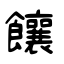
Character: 饟